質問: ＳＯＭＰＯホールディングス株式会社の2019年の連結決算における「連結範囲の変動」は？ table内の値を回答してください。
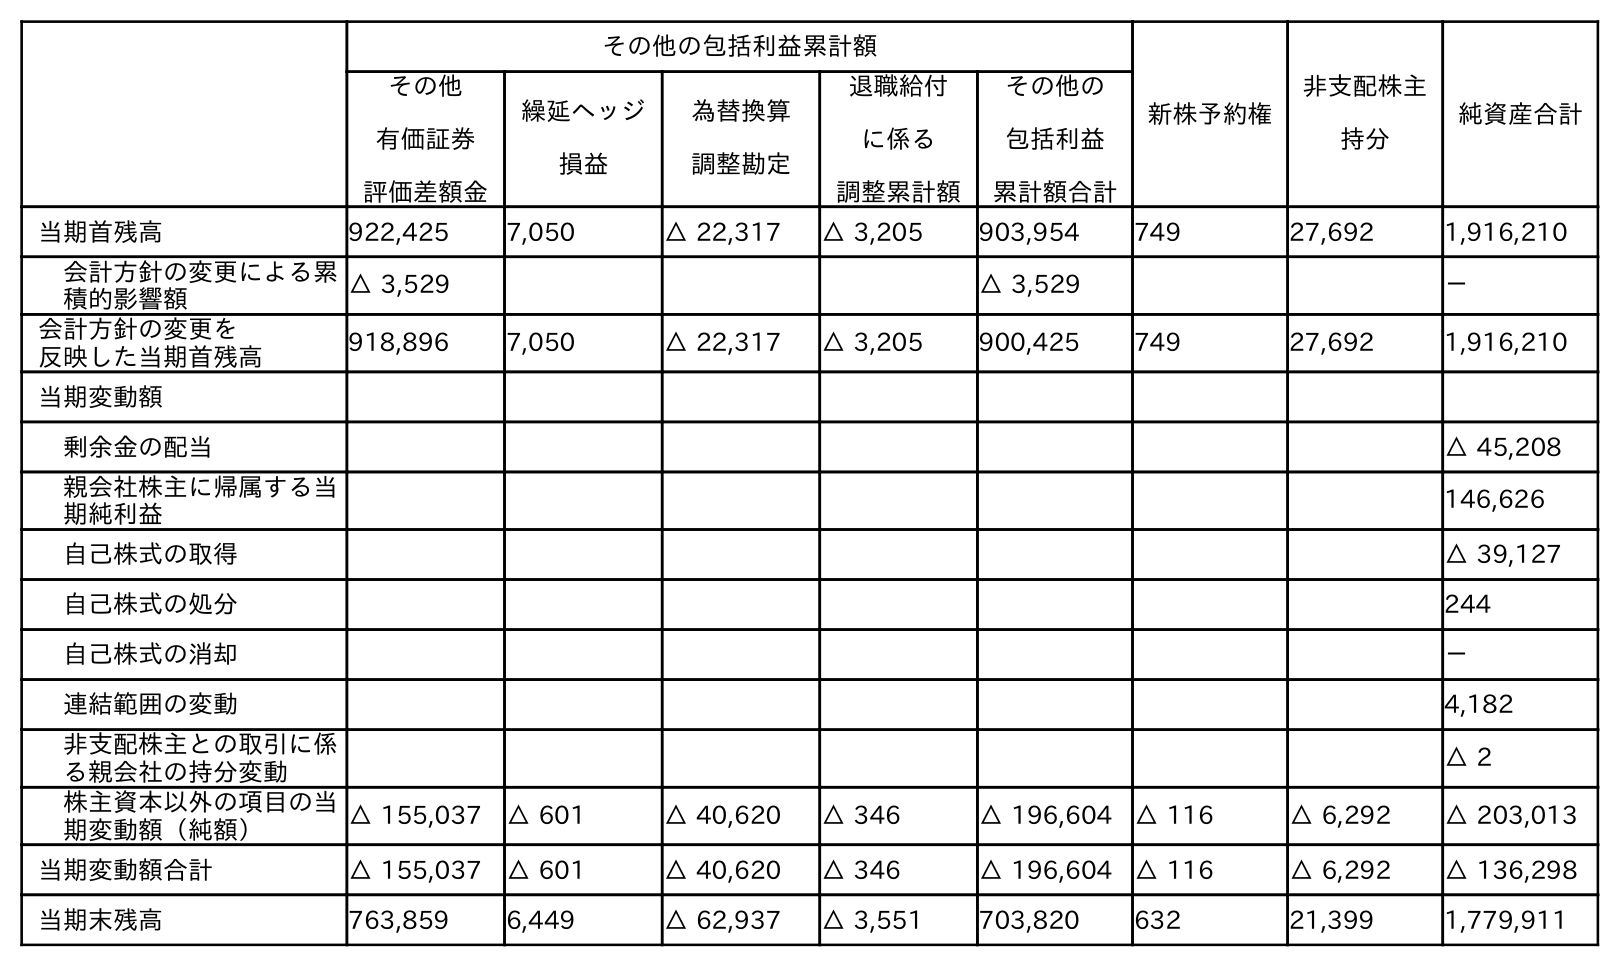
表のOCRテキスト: その他の包括利益累計額 新株予約権 非支配株主 持分 純資産合計 その他 有価証券 評価差額金 繰延ヘッジ 損益 為替換算 調整勘定 退職給付 に係る 調整累計額 その他の 包括利益 累計額合計 当期首残高 922,425 7,050 △ 22,317 △ 3,205 903,954 749 27,692 1,916,210 会計方針の変更による累 積的影響額 △ 3,529 △ 3,529 － 会計方針の変更を 反映した当期首残高 918,896 7,050 △ 22,317 △ 3,205 900,425 749 27,692 1,916,210 当期変動額 剰余金の配当 △ 45,208 親会社株主に帰属する当 期純利益 146,626 自己株式の取得 △ 39,127 自己株式の処分 244 自己株式の消却 － 連結範囲の変動 4,182 非支配株主との取引に係 る親会社の持分変動 △ 2 株主資本以外の項目の当 期変動額（純額） △ 155,037 △ 601 △ 40,620 △ 346 △ 196,604 △ 116 △ 6,292 △ 203,013 当期変動額合計 △ 155,037 △ 601 △ 40,620 △ 346 △ 196,604 △ 116 △ 6,292 △ 136,298 当期末残高 763,859 6,449 △ 62,937 △ 3,551 703,820 632 21,399 1,779,911
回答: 4,182